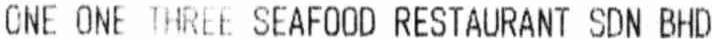
ONE ONE THREE SEAFOOD RESTAURANT SDN BHD